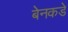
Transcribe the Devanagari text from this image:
बेनकडे